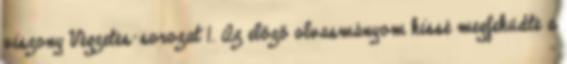
viszony Végzetes-sorozat 1. Az előző olvasmányom kissé megfeküdte a